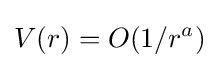
V(r)=O(1/r^{a})